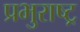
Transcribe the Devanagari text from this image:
प्रभुराष्ट्र